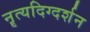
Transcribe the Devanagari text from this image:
नॄत्यदिग्दर्शन